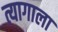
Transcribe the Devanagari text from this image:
त्यागाला